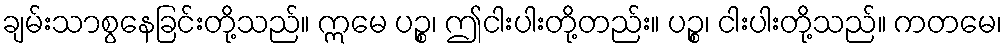
ချမ်းသာစွနေခြင်းတို့သည်။ ဣမေ ပဉ္စ၊ ဤငါးပါးတို့တည်း။ ပဉ္စ၊ ငါးပါးတို့သည်။ ကတမေ၊